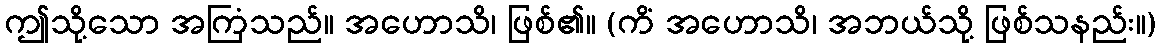
ဤသို့သော အကြံသည်။ အဟောသိ၊ ဖြစ်၏။ (ကိံ အဟောသိ၊ အဘယ်သို့ ဖြစ်သနည်း။)